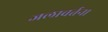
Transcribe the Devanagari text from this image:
जलावर्तना